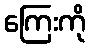
ကြေးကို